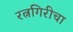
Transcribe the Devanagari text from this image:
रत्नगिरीचा